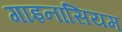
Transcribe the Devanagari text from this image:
गाइनासियम